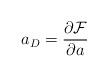
LaTeX: \begin{align*}a_D=\frac{\partial \mathcal{F}}{\partial a}\end{align*}